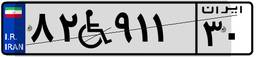
۶۱W۷۷۴۶۵